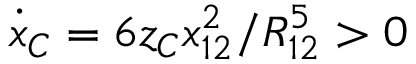
\dot { x } _ { C } = 6 z _ { C } x _ { 1 2 } ^ { 2 } / R _ { 1 2 } ^ { 5 } > 0